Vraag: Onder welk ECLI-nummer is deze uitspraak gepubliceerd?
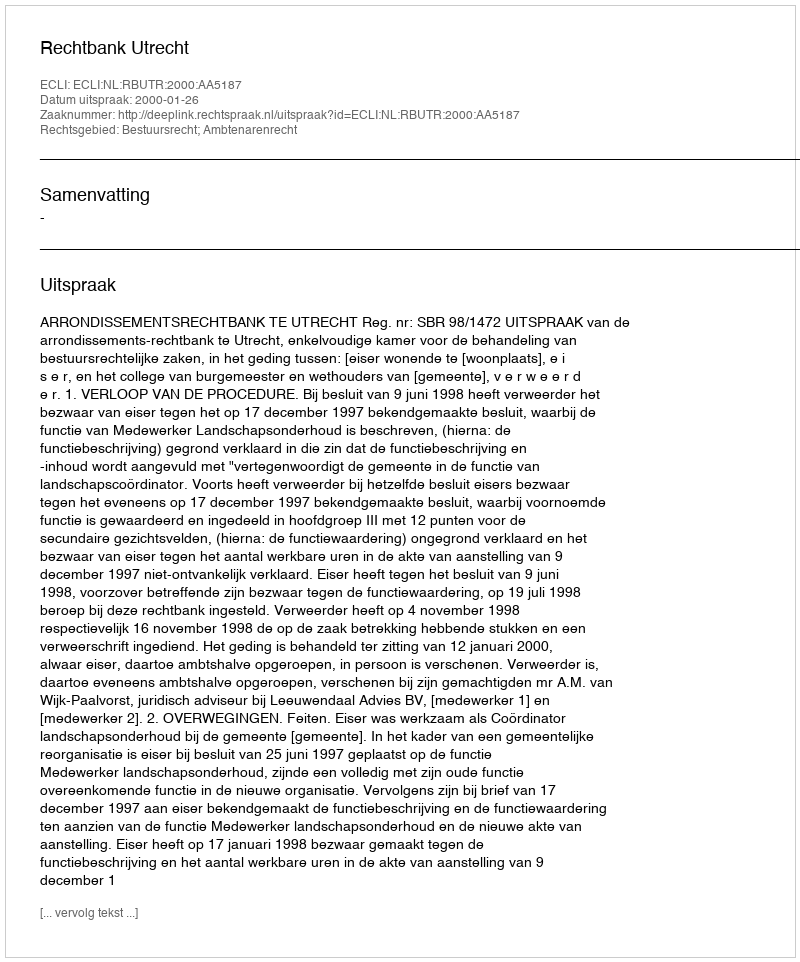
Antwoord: ECLI:NL:RBUTR:2000:AA5187